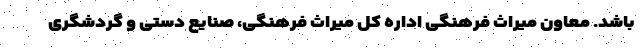
باشد. معاون میراث فرهنگی اداره کل میراث فرهنگی، صنایع دستی و گردشگری